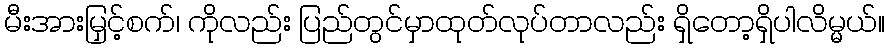
မီးအားမြှင့်စက်၊ ကိုလည်း ပြည်တွင်မှာထုတ်လုပ်တာလည်း ရှိတော့ရှိပါလိမ္မယ်။